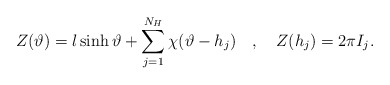
\begin{align*}Z(\vartheta )=l\sinh \vartheta +\displaystyle\sum _{j=1}^{N_{H}}\chi (\vartheta -h_{j})\quad ,\quad Z(h_{j})=2\pi I_{j}.\end{align*}